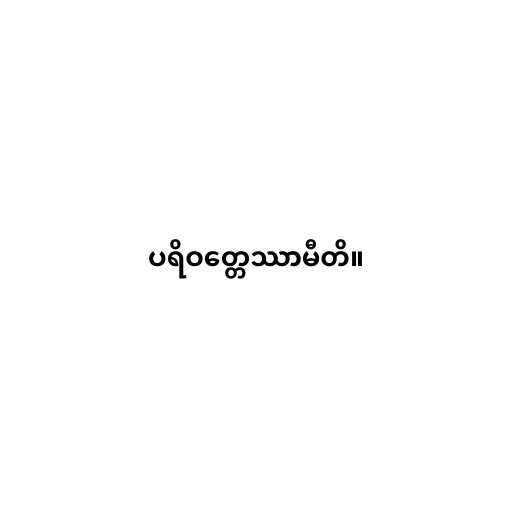
ပရိဝတ္တေဿာမီတိ။